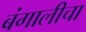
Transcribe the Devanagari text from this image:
बंगालीचा